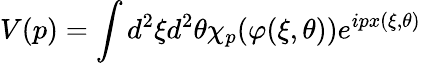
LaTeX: V(p)=\int d^{2}\xi d^{2}\theta\chi_{p}(\varphi(\xi,\theta))e^{ipx(\xi,\theta)}